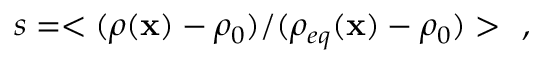
s = < ( \rho ( \mathbf { x } ) - \rho _ { 0 } ) / ( \rho _ { e q } ( \mathbf { x } ) - \rho _ { 0 } ) > \ \ ,